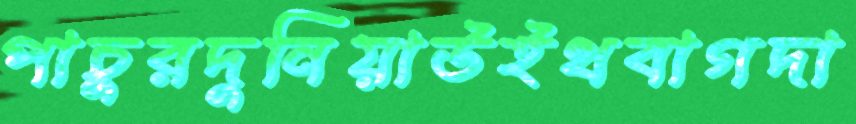
পাচুরদুনিয়াউইথবাগদা